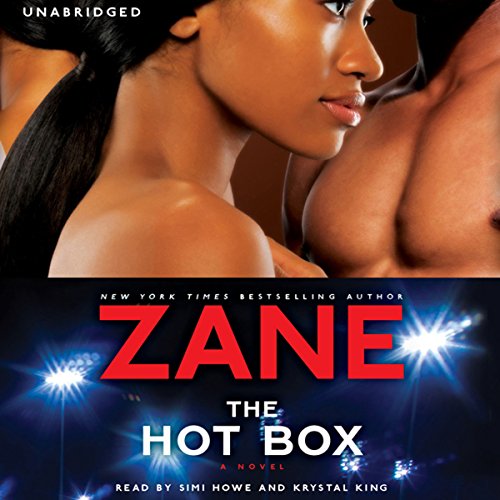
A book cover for The Hot Box: A Novel;  Zane; Romance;